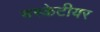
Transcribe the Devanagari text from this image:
मस्केटीयर